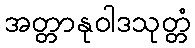
အတ္တာနုဝါဒသုတ္တံ